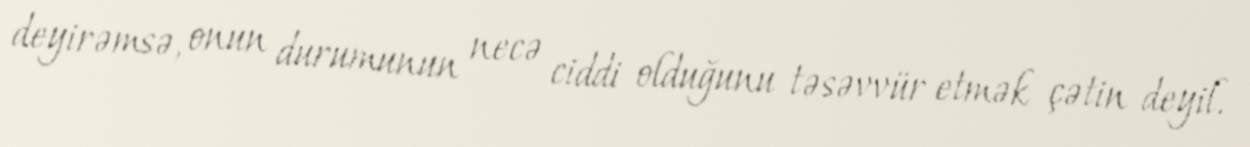
deyirəmsə, onun durumunun necə ciddi olduğunu təsəvvür etmək çətin deyil.